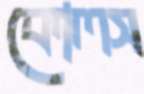
কোলস